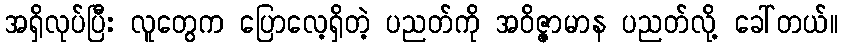
အရှိလုပ်ပြီး လူတွေက ပြောလေ့ရှိတဲ့ ပညတ်ကို အဝိဇ္ဇာမာန ပညတ်လို့ ခေါ်တယ်။